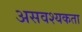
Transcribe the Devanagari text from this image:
असवश्यकता